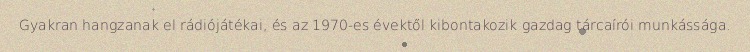
Gyakran hangzanak el rádiójátékai, és az 1970-es évektől kibontakozik gazdag tárcaírói munkássága.